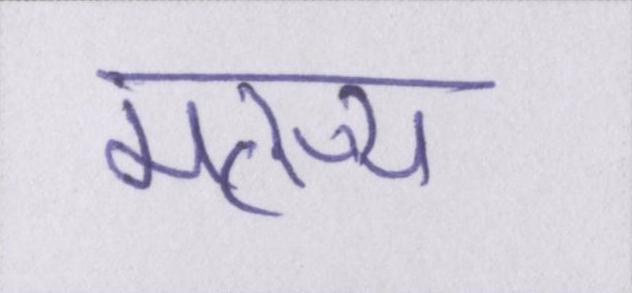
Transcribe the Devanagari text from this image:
मत्स्य